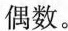
偶数。